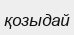
қозыдай